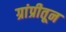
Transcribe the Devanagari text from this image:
ग्रांप्रीतून